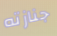
جنازته